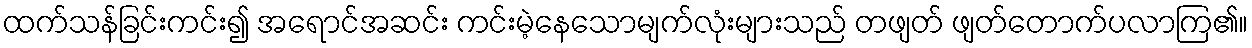
ထက်သန်ခြင်းကင်း၍ အရောင်အဆင်း ကင်းမဲ့နေသောမျက်လုံးများသည် တဖျတ် ဖျတ်တောက်ပလာကြ၏။